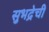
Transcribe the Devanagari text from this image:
सुभद्रेची